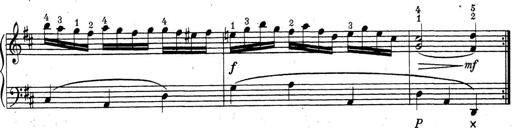
Title: ÄŒeskÃ© Sonatiny
Composer: Various